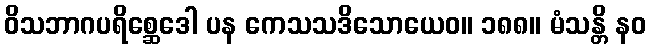
ဝိသဘာဂပရိစ္ဆေဒေါ ပန ကေသသဒိသောယေဝ။ ၁၈၈။ မံသန္တိ နဝ